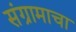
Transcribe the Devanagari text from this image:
संग्रामाचा